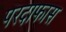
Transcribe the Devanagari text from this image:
परदाफास